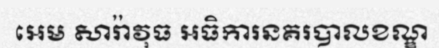
អេម សារ៉ាវុធ អធិការនគរបាលខណ្ឌ